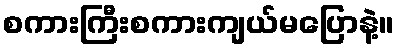
စကားကြီးစကားကျယ်မပြောနဲ့။